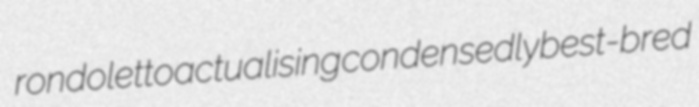
rondoletto actualising condensedly best-bred